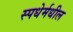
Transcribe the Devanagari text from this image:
स्पधेर्मधील